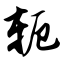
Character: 轭